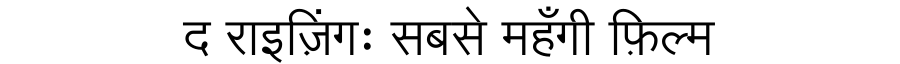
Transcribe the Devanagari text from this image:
द राइज़िंगः सबसे महँगी फ़िल्म